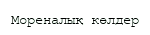
Мореналық көлдер